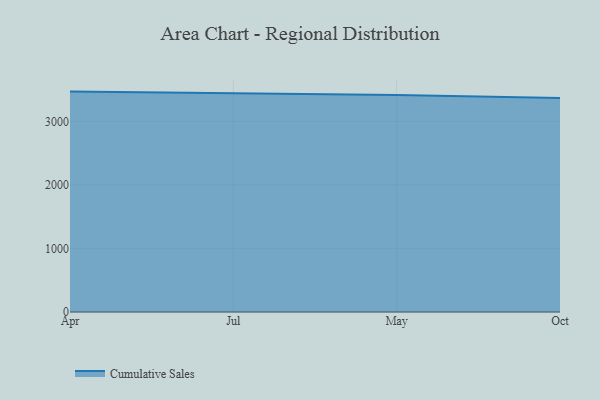
{"axis": {"x": "Month", "y": "Waste Production (Tons)"}, "legend": ["Cumulative Sales"], "data": [{"x": "Apr", "y": 3468.5, "type": "Cumulative Sales"}, {"x": "Jul", "y": 3444.2, "type": "Cumulative Sales"}, {"x": "May", "y": 3415.8, "type": "Cumulative Sales"}, {"x": "Oct", "y": 3366.5, "type": "Cumulative Sales"}]}